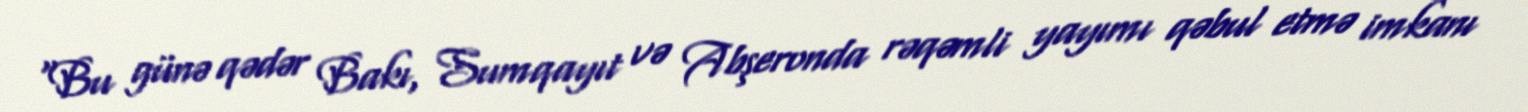
“Bu günə qədər Bakı, Sumqayıt və Abşeronda rəqəmli yayımı qəbul etmə imkanı